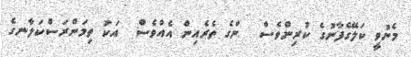
މެނުވީ ކަލޭގެފާނުގެ ކުރިންވެސް  ންގެ ތެރެއިން އެއްވެސް  އަކު ތިމަންރަސްކަލާނގެ